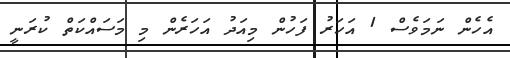
އެހެން ނަމަވެސް 1 އަހަރު ފަހުން މިއަދު އަހަރެން މި މަސައްކަތް ކުރަނީ